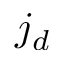
j _ { d }